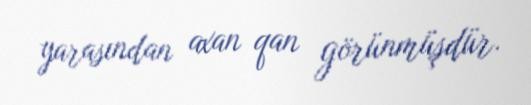
yarasından axan qan görünmüşdür.